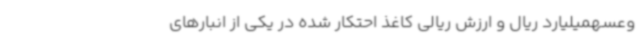
وعسهمیلیارد ریال و ارزش ریالی کاغذ احتکار شده در یکی از انبارهای